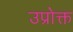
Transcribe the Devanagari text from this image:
उप्रोक्त